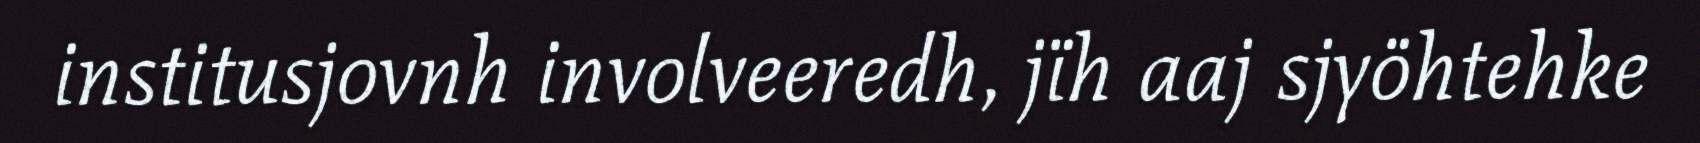
institusjovnh involveeredh, jïh aaj sjyöhtehke